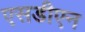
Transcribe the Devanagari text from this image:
एसडीएन